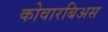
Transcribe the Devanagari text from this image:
कोवारबिअस